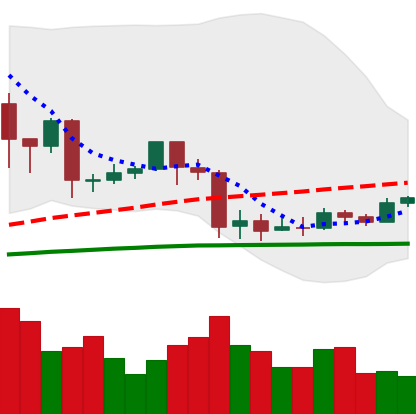
Ticker: EOS-USD
Chart end date: 2020-03-06
Forward return: -20.112%
Label: down_7plus